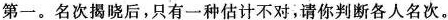
第一。名次揭晓后，只有一种估计不对，请你判断各人名次。